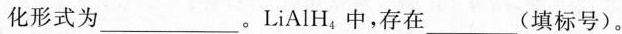
化形式为___。LiAlH_{4}中，存在___(填标号)。